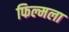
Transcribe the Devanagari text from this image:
फिल्मला